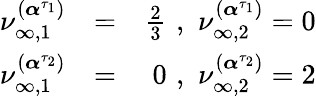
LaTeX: \begin{array}{rlr}{\nu_{\infty,1}^{(\boldsymbol{\alpha}^{\tau_{1}})}}&{=}&{\frac{2}{3}\, \, ,\, \, \nu_{\infty,2}^{(\boldsymbol{\alpha}^{\tau_{1}})}=0}\\ {\nu_{\infty,1}^{(\boldsymbol{\alpha}^{\tau_{2}})}}&{=}&{0\, \, ,\, \, \nu_{\infty,2}^{(\boldsymbol{\alpha}^{\tau_{2}})}=2}\end{array}